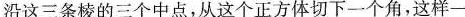
沿这三条棱的三个中点，从这个正方体切下一个角，这样一共